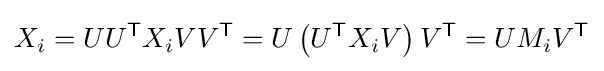
X_{i}=UU^{\mathsf {T}}X_{i}VV^{\mathsf {T}}=U\left(U^{\mathsf {T}}X_{i}V\right)V^{\mathsf {T}}=UM_{i}V^{\mathsf {T}}